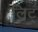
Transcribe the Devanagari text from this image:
लिट्‌